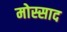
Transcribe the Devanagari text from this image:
मोस्साद